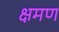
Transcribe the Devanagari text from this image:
क्षमण